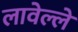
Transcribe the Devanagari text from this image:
लावेल्ले